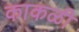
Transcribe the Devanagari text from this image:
काकळी